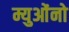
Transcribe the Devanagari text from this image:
म्युओंनो